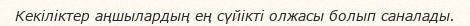
Кекіліктер аңшылардың ең сүйікті олжасы болып саналады.